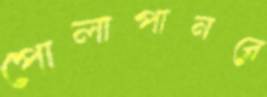
পোলাপানরে